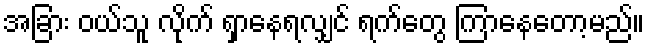
အခြား ဝယ်သူ လိုက် ရှာနေရလျှင် ရက်တွေ ကြာနေတော့မည်။